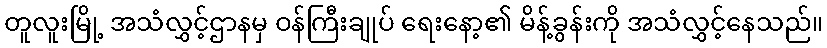
တူလူးမြို့ အသံလွှင့်ဌာနမှ ဝန်ကြီးချုပ် ရေးနော့၏ မိန့်ခွန်းကို အသံလွှင့်နေသည်။